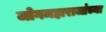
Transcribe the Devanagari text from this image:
जोगमहाराजांच्या